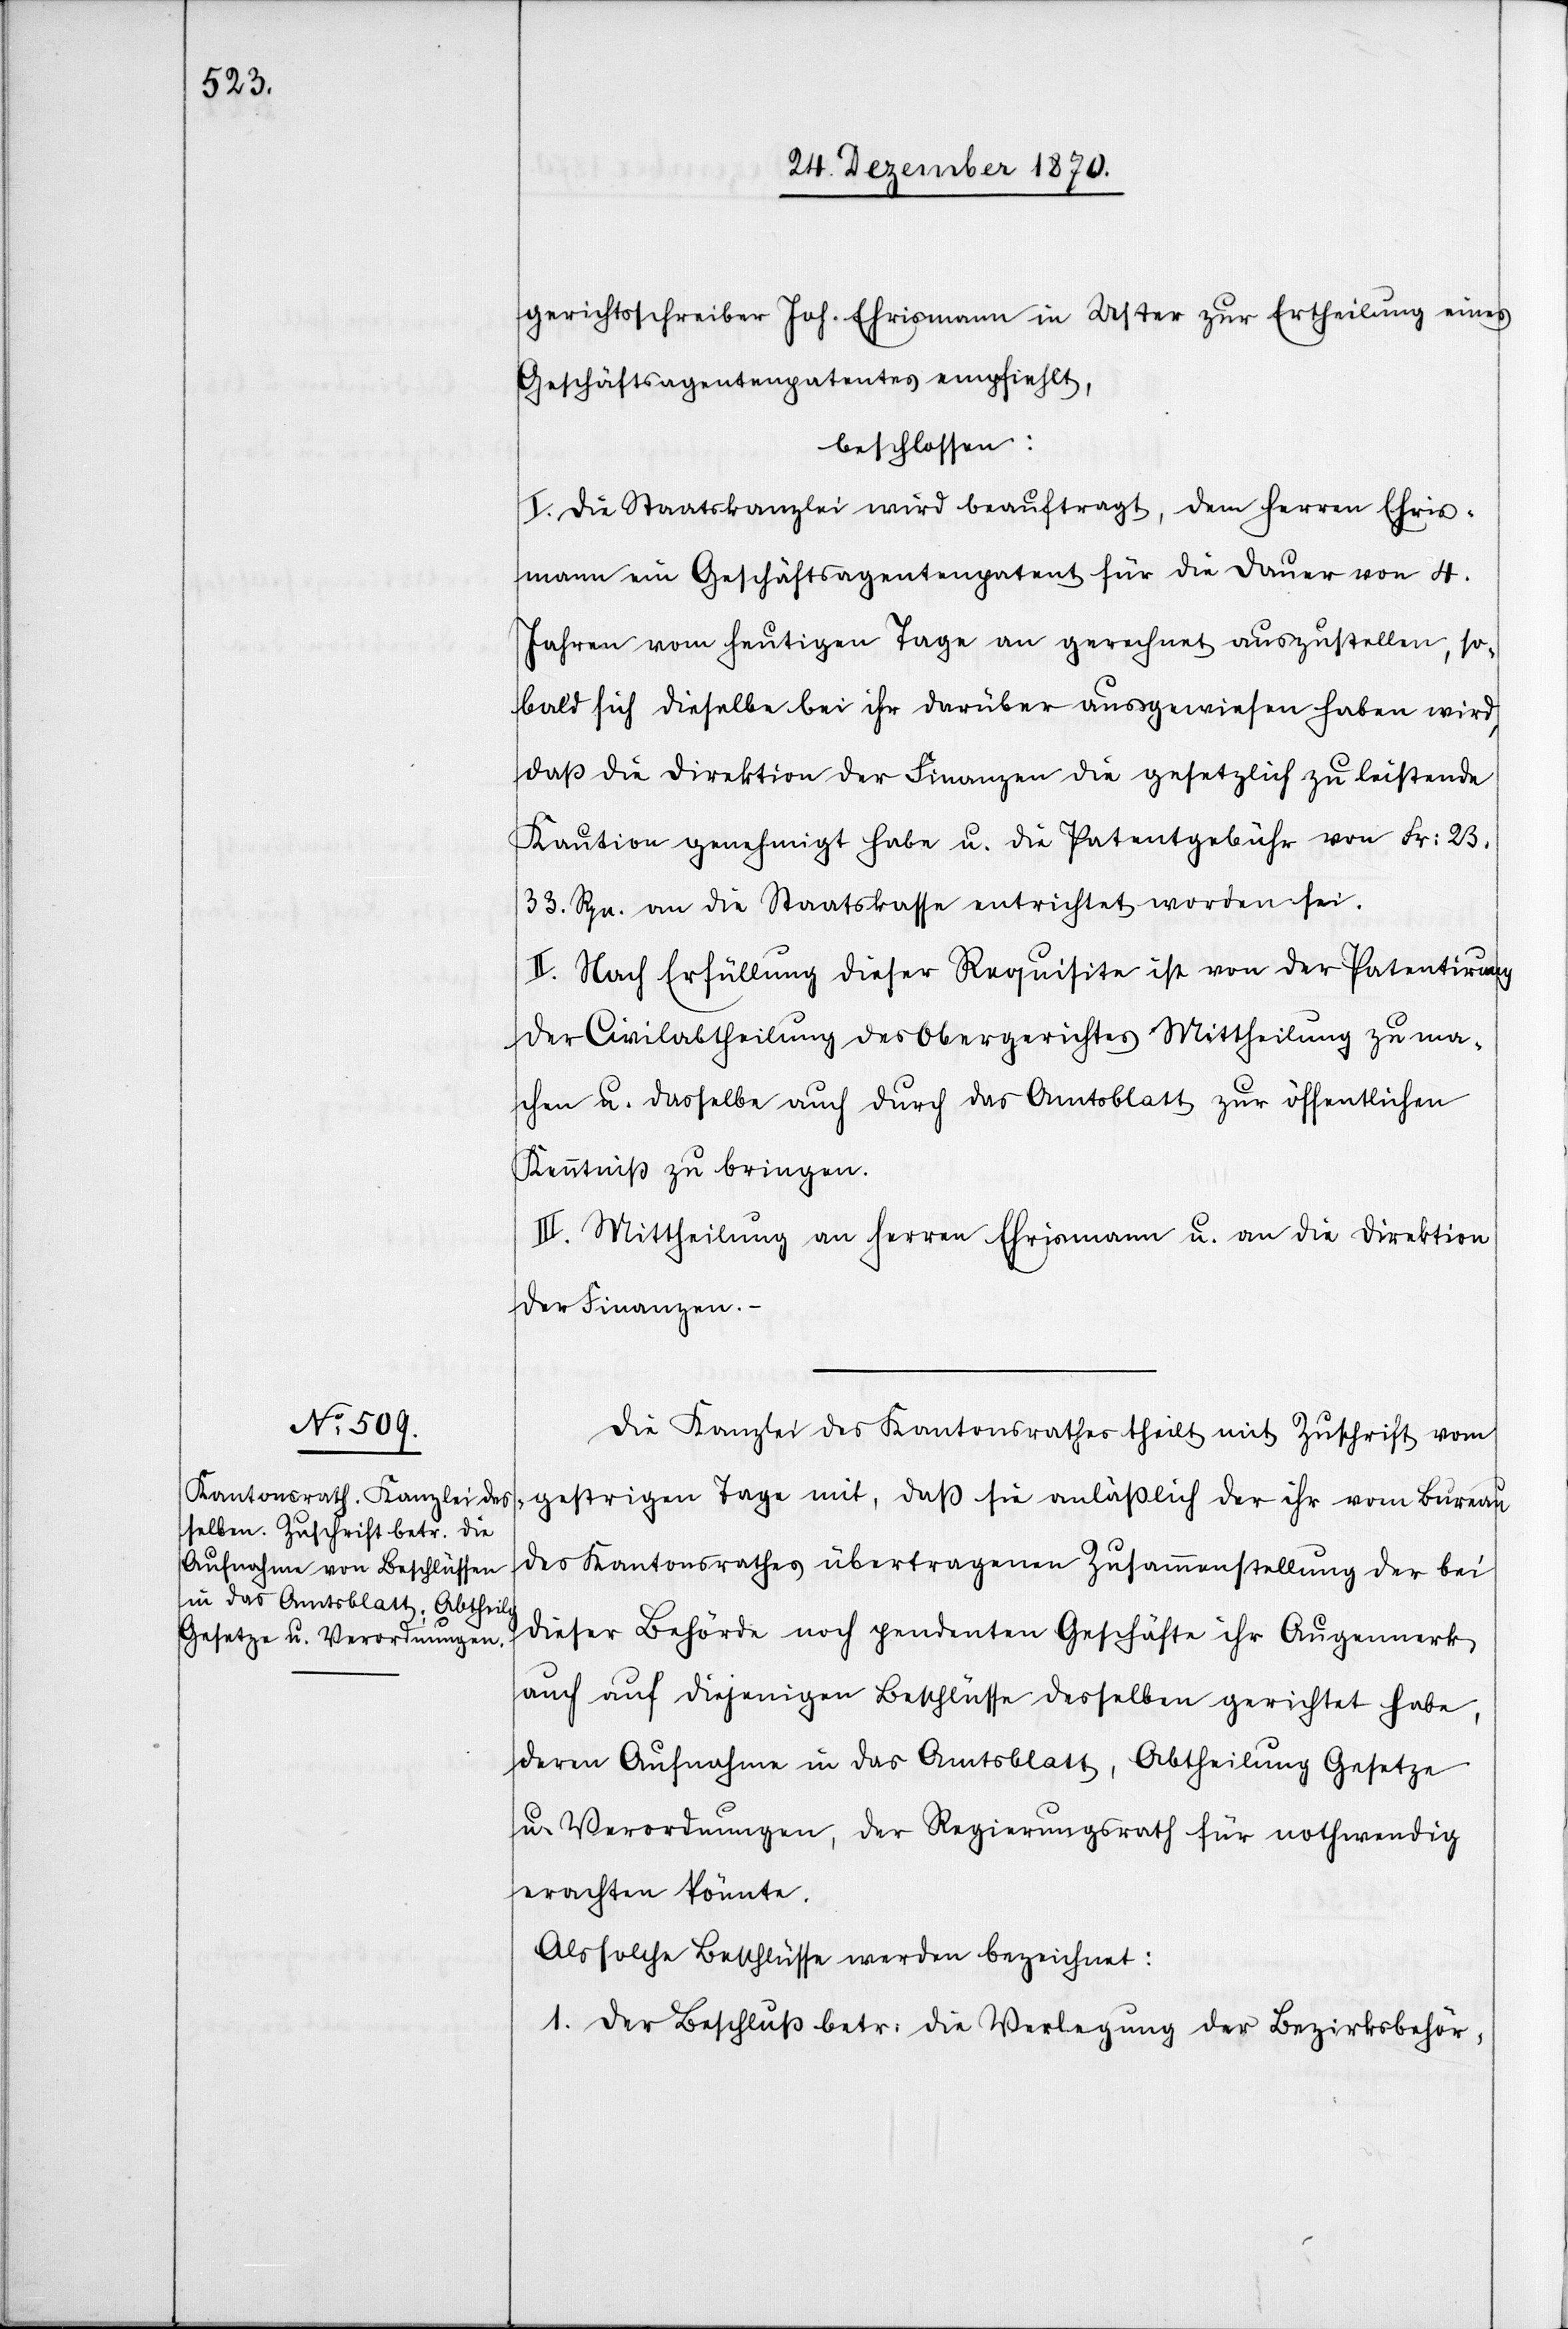
gerichtsschreiber Joh. Ehrismann in Uster zur Ertheilung eines
Geschäftsagentenpatentes empfiehlt,
beschlossen:
I. Die Staatskanzlei wird beauftragt, dem Herren Ehris¬
mann ein Geschäftsagentenpatent für die Dauer von 4.
Jahren vom heutigen Tage an gerechnet auszustellen, so¬
bald sich dieselbe bei ihr darüber ausgewiesen haben wird,
daß die Direktion der Finanzen die gesetzlich zu leistende
Kaution genehmigt habe u. die Patentgebühr von Fr:
23.33. Rpn. an die Staatskasse entrichtet worden sei.
II. Nach Erfüllung dieser Requisite ist von der Patentirung
der Civilabtheilung des Obergerichtes Mittheilung zu ma¬
chen u. dasselbe auch durch das Amtsblatt zur öffentlichen
Kenntniß zu bringen.
III. Mittheilung an Herren Ehrismann u. an die Direktion
der Finanzen.
Die Kanzlei des Kantonsrathes theilt mit Zuschrift vom
gestrigen Tage mit, daß sie anlässlich der ihr vom Bureau
des Kantonsrathes übertragenen Zusammenstellung der bei
dieser Behörde noch pendenten Geschäfte ihr Augenmerk
auch auf diejenigen Beschlüsse desselben gerichtet habe,
deren Aufnahme in das Amtsblatt, Abtheilung Gesetze
u. Verordnungen, der Regierungsrath für nothwendig
erachten könnte.
Als solche Beschlüsse werden bezeichnet:
1. Der Beschluß betr: die Verlegung der Bezirksbehör-